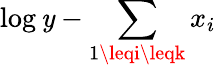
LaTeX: \log\mathit{y}-\sum_{1\leqi\leqk}x_{i}